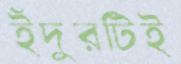
ইঁদুরটিই